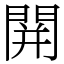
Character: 䦕